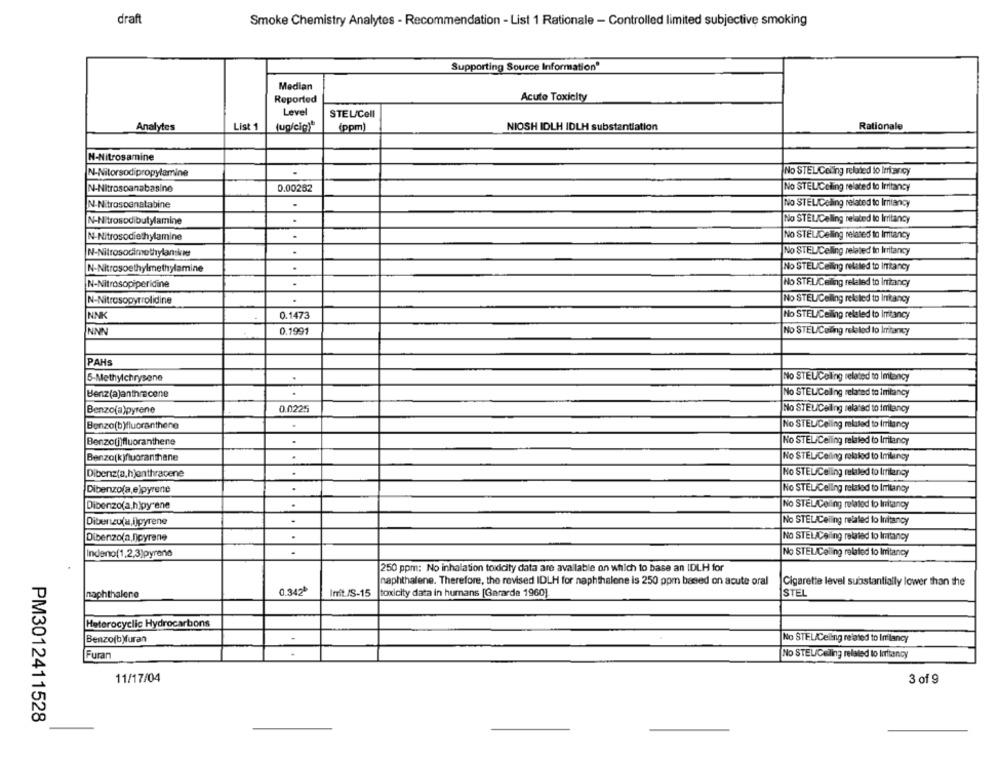
draft
Smoke Chemistry Analytes - Recommendation - List 1 Rationale - Controlled limited subjective smoking
Supporting Source Information
Median
Reported
Acute Toxicity
Level
STEL/Cell
Analytes
List 1
(ug/cig)*
(ppm)
NIOSH IDLH IDLH substantiation
Rationale
N-Nitrosamine
N-Nitorsodipropylamine
No STEL Celing related to leriancy
N-Nitrospanabasine
0.00262
No STELICeling related to Irritancy
N-Nitrospenatabine
No STELICelling related to Imitancy
N-Nitrosodibutylamine
.
No STEL/Celling related to Imitancy
N-Nitrosodiethylamine
No STEL/Celling related to Imtancy
.
No STEL/Celling related to Irritancy
N-Nitrosodimethylamine
.
No STEL/Ceiling related to Intancy
N-Nitrosoethylmethylamine
.
No STELICeiling related to Irritancy
N-Nitrosopiperidine
N-Nitrosopyrrolidine
.
No STEL/Ceiling related to Initancy
NNK
0.1473
No STEL/Ceiling relaled to Imitancy
NNN
0.1991
No STEL/Celing related to Irritancy
PAHS
5-Methylchrysene
.
No STEUColing related to Imlancy
Benz(a)anthracene
No STELIColling related to imitancy
Benzo(a)pyrene
0.0225
No STELICeiling related to Imlancy
Benzo(b)fluoranthene
No STEL/Celing related to Imitancy
Benzo(i)fluoranthene
.
No STEL/Ceiling related to Imilancy
Benzo(k)fluoranthene
No STEL/Calling rolstod to Imluncy
.
No STEL/Ceiling related to Irritancy
Dibenz(a,hjenthracene
No STEL/Celling related to Imlancy
Dibenzo(a,e)pyrene
.
Dibenzo(a,h)py ene
.
No STEL/Ceiling related to Imitancy
Dibenzo(a,ijpyrene
.
No STELICeling related to Initancy
Dibenzo(a,D)cyrene
.
No STEL/Ceiling related to Imitancy
Indenof1,2,3)pyrene
No STEL/Ceiling related to Imitancy
250 ppm; No inhalation toxicity data are available on which to base an IDLH for
naphthalene. Therefore, the revised IDLH for naphthalene is 250 ppm based on acute oral
Cigarette level substantially lower than the
naphthalene
0.342
Imit /S-15
toxicity data in humans [Gararde 1960]
STEL
Heterocyclic Hydrocarbons
Benzo(b)furan
No STEL/Ceiling related to Imrilancy
Furan
No STELICeiling related to liftancy
11/17/04
3 of 9
PM3012411528